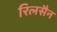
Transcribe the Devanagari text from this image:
रिलसैन